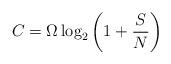
LaTeX: \begin{align*} C= \Omega \log_2\left(1+\frac{S}{N}\right) \end{align*}